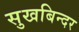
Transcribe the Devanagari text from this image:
सुखबिन्दर